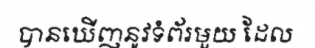
បានឃើញនូវទំព័រមួយ ដែល